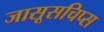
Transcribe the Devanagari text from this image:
जासूसचिप्स